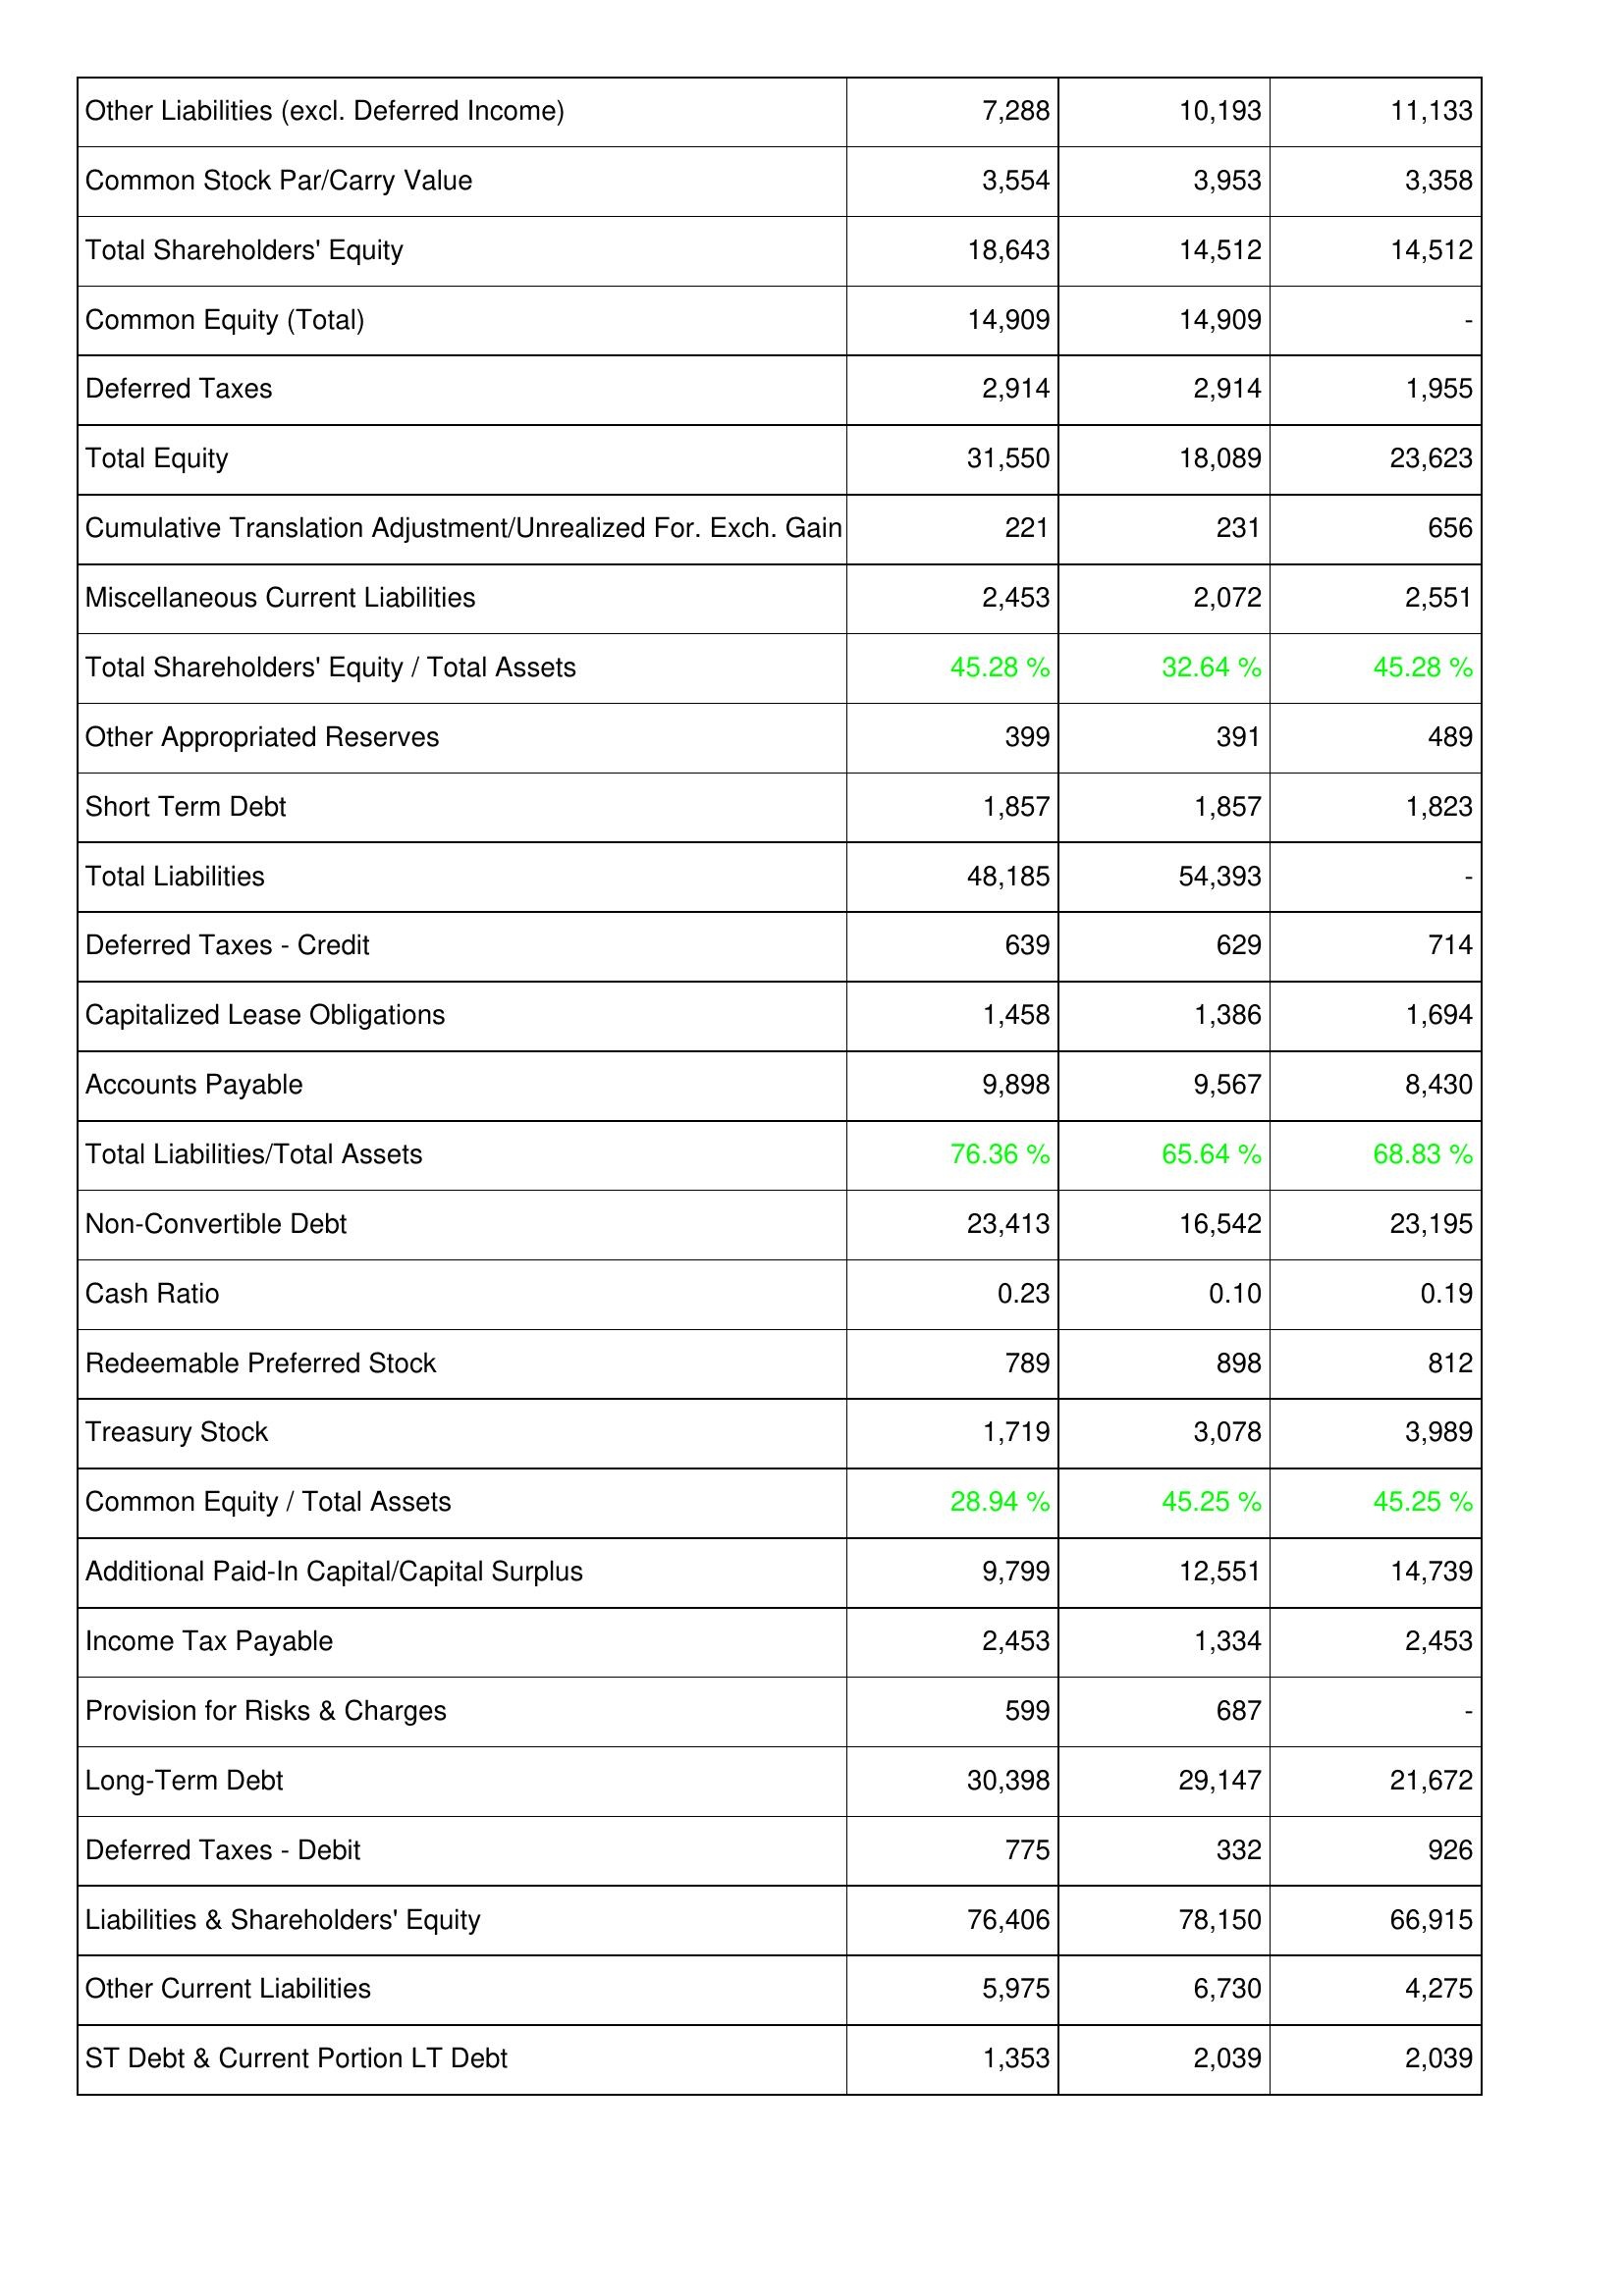
2020: Liabilities & Shareholders' Equity: Other Liabilities (excl. Deferred Income): 7,288
Common Stock Par/Carry Value: 3,554
Total Shareholders' Equity: 18,643
Common Equity (Total): 14,909
Deferred Taxes: 2,914
Total Equity: 31,550
Cumulative Translation Adjustment/Unrealized For. Exch. Gain: 221
Miscellaneous Current Liabilities: 2,453
Total Shareholders' Equity / Total Assets: 45.28 %
Other Appropriated Reserves: 399
Short Term Debt: 1,857
Total Liabilities: 48,185
Deferred Taxes - Credit: 639
Capitalized Lease Obligations: 1,458
Accounts Payable: 9,898
Total Liabilities/Total Assets: 76.36 %
Non-Convertible Debt: 23,413
Cash Ratio: 0.23
Redeemable Preferred Stock: 789
Treasury Stock: 1,719
Common Equity / Total Assets: 28.94 %
Additional Paid-In Capital/Capital Surplus: 9,799
Income Tax Payable: 2,453
Provision for Risks & Charges: 599
Long-Term Debt: 30,398
Deferred Taxes - Debit: 775
Liabilities & Shareholders' Equity: 76,406
Other Current Liabilities: 5,975
ST Debt & Current Portion LT Debt: 1,353
2019: Liabilities & Shareholders' Equity: Other Liabilities (excl. Deferred Income): 10,193
Common Stock Par/Carry Value: 3,953
Total Shareholders' Equity: 14,512
Common Equity (Total): 14,909
Deferred Taxes: 2,914
Total Equity: 18,089
Cumulative Translation Adjustment/Unrealized For. Exch. Gain: 231
Miscellaneous Current Liabilities: 2,072
Total Shareholders' Equity / Total Assets: 32.64 %
Other Appropriated Reserves: 391
Short Term Debt: 1,857
Total Liabilities: 54,393
Deferred Taxes - Credit: 629
Capitalized Lease Obligations: 1,386
Accounts Payable: 9,567
Total Liabilities/Total Assets: 65.64 %
Non-Convertible Debt: 16,542
Cash Ratio: 0.10
Redeemable Preferred Stock: 898
Treasury Stock: 3,078
Common Equity / Total Assets: 45.25 %
Additional Paid-In Capital/Capital Surplus: 12,551
Income Tax Payable: 1,334
Provision for Risks & Charges: 687
Long-Term Debt: 29,147
Deferred Taxes - Debit: 332
Liabilities & Shareholders' Equity: 78,150
Other Current Liabilities: 6,730
ST Debt & Current Portion LT Debt: 2,039
2018: Liabilities & Shareholders' Equity: Other Liabilities (excl. Deferred Income): 11,133
Common Stock Par/Carry Value: 3,358
Total Shareholders' Equity: 14,512
Common Equity (Total): -
Deferred Taxes: 1,955
Total Equity: 23,623
Cumulative Translation Adjustment/Unrealized For. Exch. Gain: 656
Miscellaneous Current Liabilities: 2,551
Total Shareholders' Equity / Total Assets: 45.28 %
Other Appropriated Reserves: 489
Short Term Debt: 1,823
Total Liabilities: -
Deferred Taxes - Credit: 714
Capitalized Lease Obligations: 1,694
Accounts Payable: 8,430
Total Liabilities/Total Assets: 68.83 %
Non-Convertible Debt: 23,195
Cash Ratio: 0.19
Redeemable Preferred Stock: 812
Treasury Stock: 3,989
Common Equity / Total Assets: 45.25 %
Additional Paid-In Capital/Capital Surplus: 14,739
Income Tax Payable: 2,453
Provision for Risks & Charges: -
Long-Term Debt: 21,672
Deferred Taxes - Debit: 926
Liabilities & Shareholders' Equity: 66,915
Other Current Liabilities: 4,275
ST Debt & Current Portion LT Debt: 2,039